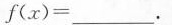
$$f ( x ) =$$ ___.